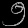
Digit: ၅